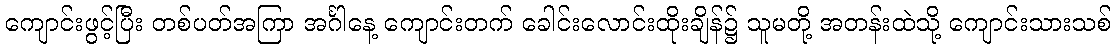
ကျောင်းဖွင့်ပြီး တစ်ပတ်အကြာ အင်္ဂါနေ့ ကျောင်းတက် ခေါင်းလောင်းထိုးချိန်၌ သူမတို့ အတန်းထဲသို့ ကျောင်းသားသစ်